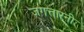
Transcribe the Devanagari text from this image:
जगत्तारनी